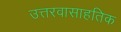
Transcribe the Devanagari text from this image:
उत्तरवासाहतिक